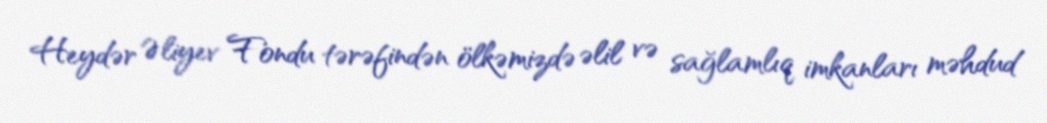
Heydər Əliyev Fondu tərəfindən ölkəmizdə əlil və sağlamlıq imkanları məhdud